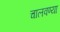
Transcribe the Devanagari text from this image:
चालवण्या